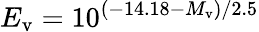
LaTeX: E_{\mathrm{v}}=10^{(-14.18-M_{\mathrm{v}})/2.5}